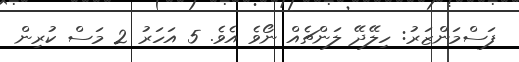
ފަސްމަންޒަރު: ހިލޭދޭ ލަންޗެއް ނޯވެ އެވެ. 5 އަހަރު 2 މަސް ކުރިން